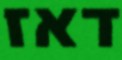
דאז